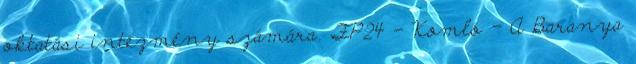
oktatási intézmény számára. FP24 - Komló - A Baranya